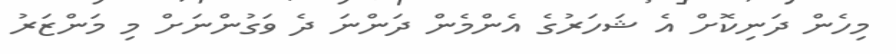
މިހެން ދަނިކޮށް އެ ޝަހަރުގެ އެންމެން ދަންނަ ދެ ވަގުންނަށް މި މަންޒަރު